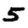
Digit: 5